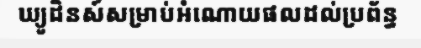
ឃ្យូដិនស៍សម្រាប់អំណោយផលដល់ប្រព័ន្ធ